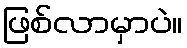
ဖြစ်လာမှာပဲ။